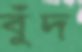
বুঁদ